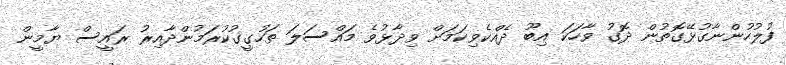
ފުލުހުންނާގުޅޭގޮތުން ދޮގު ވާހަކަ އިބޫ ދެއްކެވިކަމަށް ވިދާޅުވެ މައްސަލަ ތަހުގީގުކުރަމުންދާއިރު ރައީސް ޔާމީން